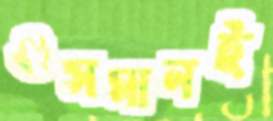
ওসমানই